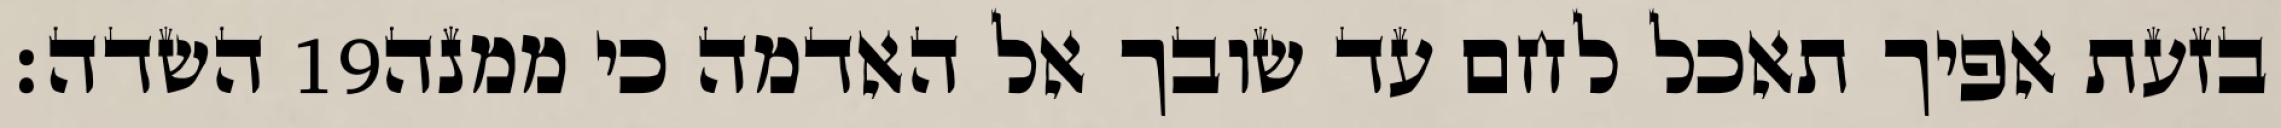
השדה׃ ‎19‏ בזעת אפיך תאכל לחם עד שובך אל האדמה כי ממנה